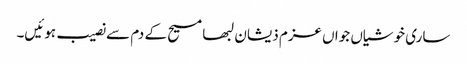
ساری خوشیاں جواں عزم ذیشان لبھا مسیح کے دم سے نصیب ہوئیں۔